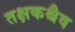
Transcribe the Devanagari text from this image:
तक्षकश्चैव